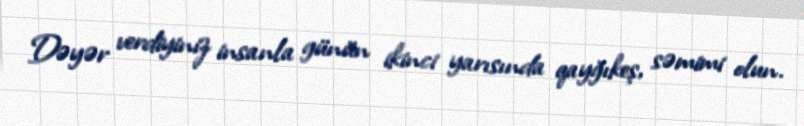
Dəyər verdiyiniz insanla günün ikinci yarısında qayğıkeş, səmimi olun.